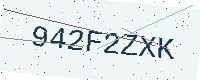
Text: 942F2ZXK